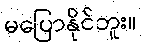
မပြောနိုင်ဘူး။